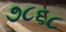
૭૮૬૮